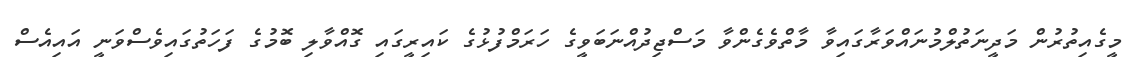
މީގެއިތުރުން މަދީނަތުލްމުނައްވަރާގައިވާ މާތްވެގެންވާ މަސްޖިދުއްނަބަވީގެ ހަރަމްފުޅުގެ ކައިރީގައި ގޮއްވާލި ބޮމުގެ ފަހަތުގައިވެސްވަނީ އައިއެސް